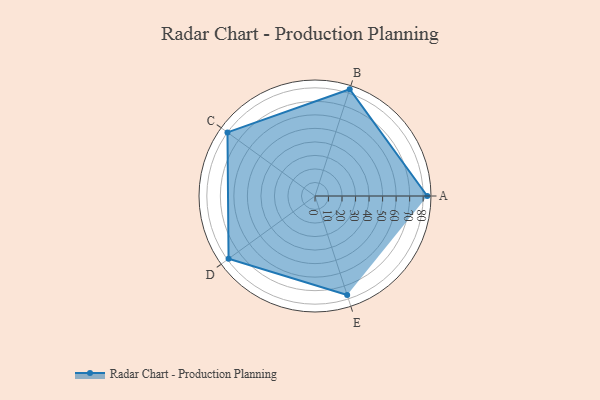
{"axis": {"x": "Skill", "y": "Score"}, "legend": ["Profile"], "data": [{"x": "A", "y": 83.0, "type": "Profile"}, {"x": "B", "y": 83.0, "type": "Profile"}, {"x": "C", "y": 80.0, "type": "Profile"}, {"x": "D", "y": 79.0, "type": "Profile"}, {"x": "E", "y": 77.0, "type": "Profile"}]}